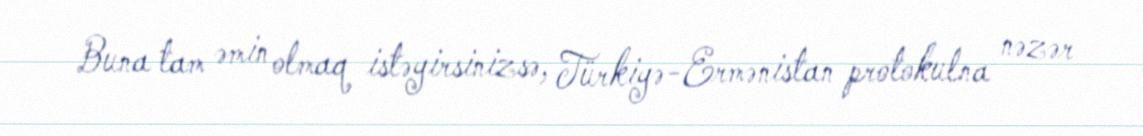
Buna tam əmin olmaq istəyirsinizsə, Türkiyə-Ermənistan protokulna nəzər